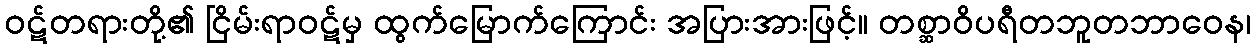
ဝဋ်တရားတို့၏ ငြိမ်းရာဝဋ်မှ ထွက်မြောက်ကြောင်း အပြားအားဖြင့်။ တစ္ဆာဝိပရီတဘူတဘာဝေန၊